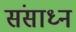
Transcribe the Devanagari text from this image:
संसाध्न